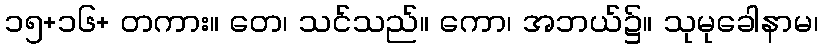
၁၅+၁၆+ တကား။ တေ၊ သင်သည်။ ကော၊ အဘယ်၌။ သုမုခေါနာမ၊